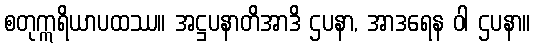
စတုဣရိယာပထဿ။ အဋ္ဌပနာတိအာဒိ ဌပနာ, အာဒရေန ဝါ ဌပနာ။